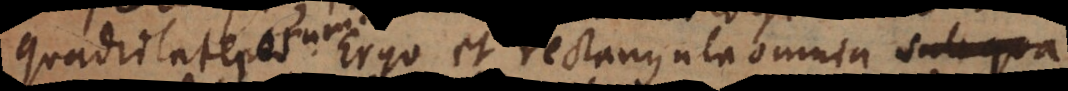
quadrilaterorum. Ergo et rectangula omnia sub qua